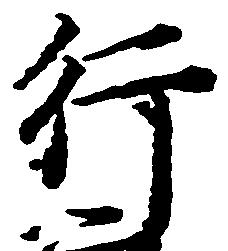
行